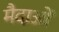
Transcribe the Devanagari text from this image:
मैदाओं